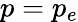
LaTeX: p=p_{e}